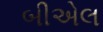
બીએલ